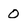
Character: 0